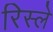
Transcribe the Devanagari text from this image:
रिस्ले